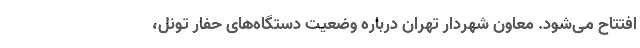
افتتاح می‌شود. معاون شهردار تهران درباره وضعیت دستگاه‌های حفار تونل،